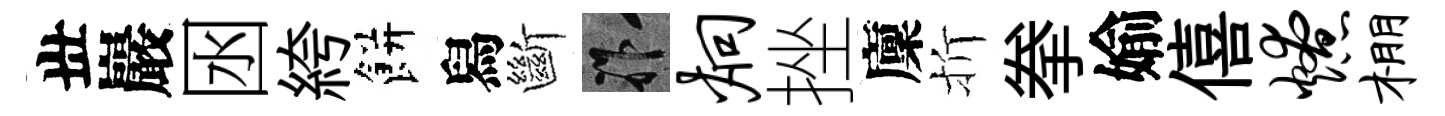
丗巖囦絝餅舄斷祚炯挫廩折拳媮僖燎棚